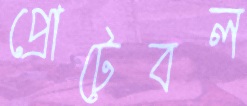
প্রোটেবল